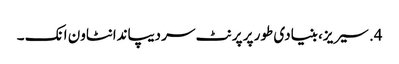
4. سیریز، بنیادی طور پر پرنٹ سر دیپاندانٹاون انک ۔